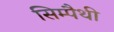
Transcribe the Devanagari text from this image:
सिम्पैथी